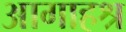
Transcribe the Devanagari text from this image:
आगाहश्र